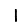
Digit: 1